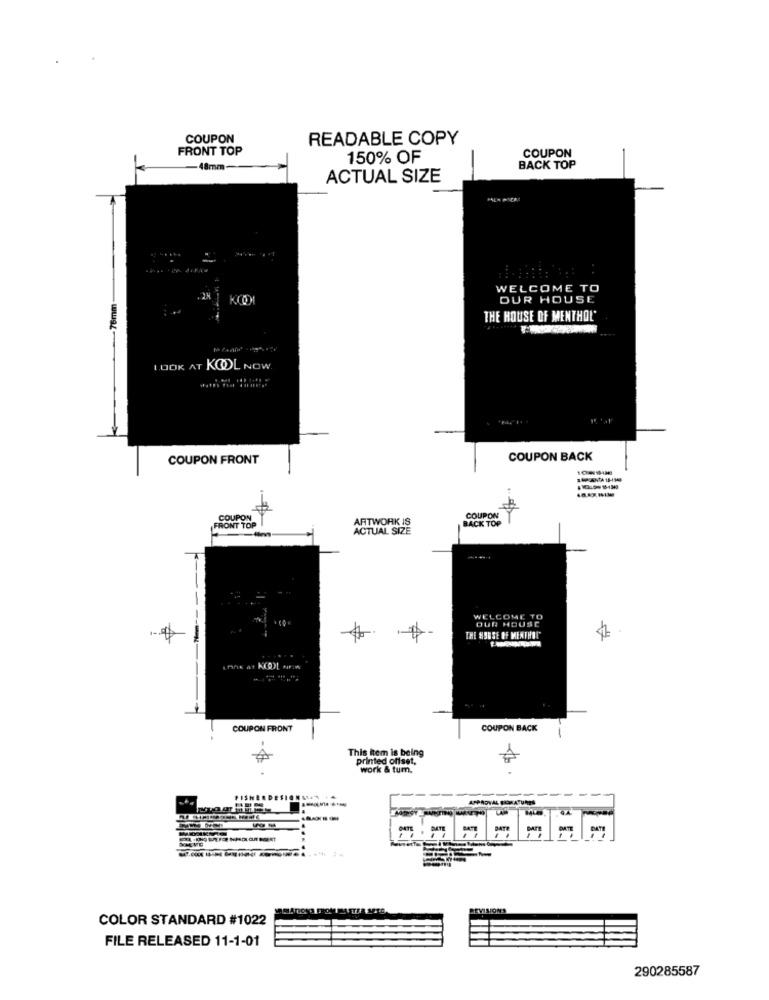
COUPON
READABLE COPY
FRONT TOP
COUPON
150% OF
-48mm-
BACK TOP
ACTUAL SIZE
WELCOME TO
76mm
KO
OUR HOUSE
THE HOUSE OF MENTHOL'
LOOK AT KOOL NOW
COUPON FRONT
COUPON BACK
14ANA1H39
COUPON
ARTWORK IS
BACK TOP
COUPON
FRONT TOP
ACTUAL SIZE
WELCOME TO
OUR HOUSE
THE HOUSE OF MENTHIT"
COUPON FRONT
COUPON BACK
This item is being
printed offset,
work & tum.
--
FISHERDE
APPROVAL FORATURES
DATE
CATE
DATO
DATE
-------...
REVISIONS
COLOR STANDARD #1022
FILE RELEASED 11-1-01
290285587